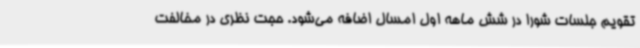
تقویم جلسات شورا در شش ماهه اول امسال اضافه می‌شود. حجت نظری در مخالفت